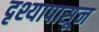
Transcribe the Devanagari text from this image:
दृश्यापासून